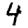
Digit: 4